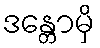
ဒန္တောမှိ